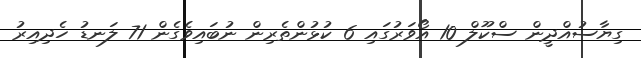
ގިޔާސުއްދީން ސްކޫލް 10 އޯވަރުގައި 6 ކުޅުންތެރިން ނުބައިވެގެން 71 ލަނޑު ހެދިއިރު